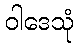
ဝါဒေသုံ